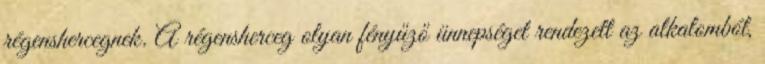
régenshercegnek. A régensherceg olyan fényűző ünnepséget rendezett az alkalomból,